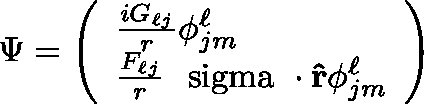
\Psi = \left( \begin{array} { l } { { { \frac { i G _ { \ell j } } { r } } \phi _ { j m } ^ { \ell } } } \\ { { { \frac { F _ { \ell j } } { r } } { { \mathrm { \boldmath ~ \ s i g m a ~ } } \cdot { \bf { \hat { r } } } } \phi _ { j m } ^ { \ell } } } \end{array} \right)